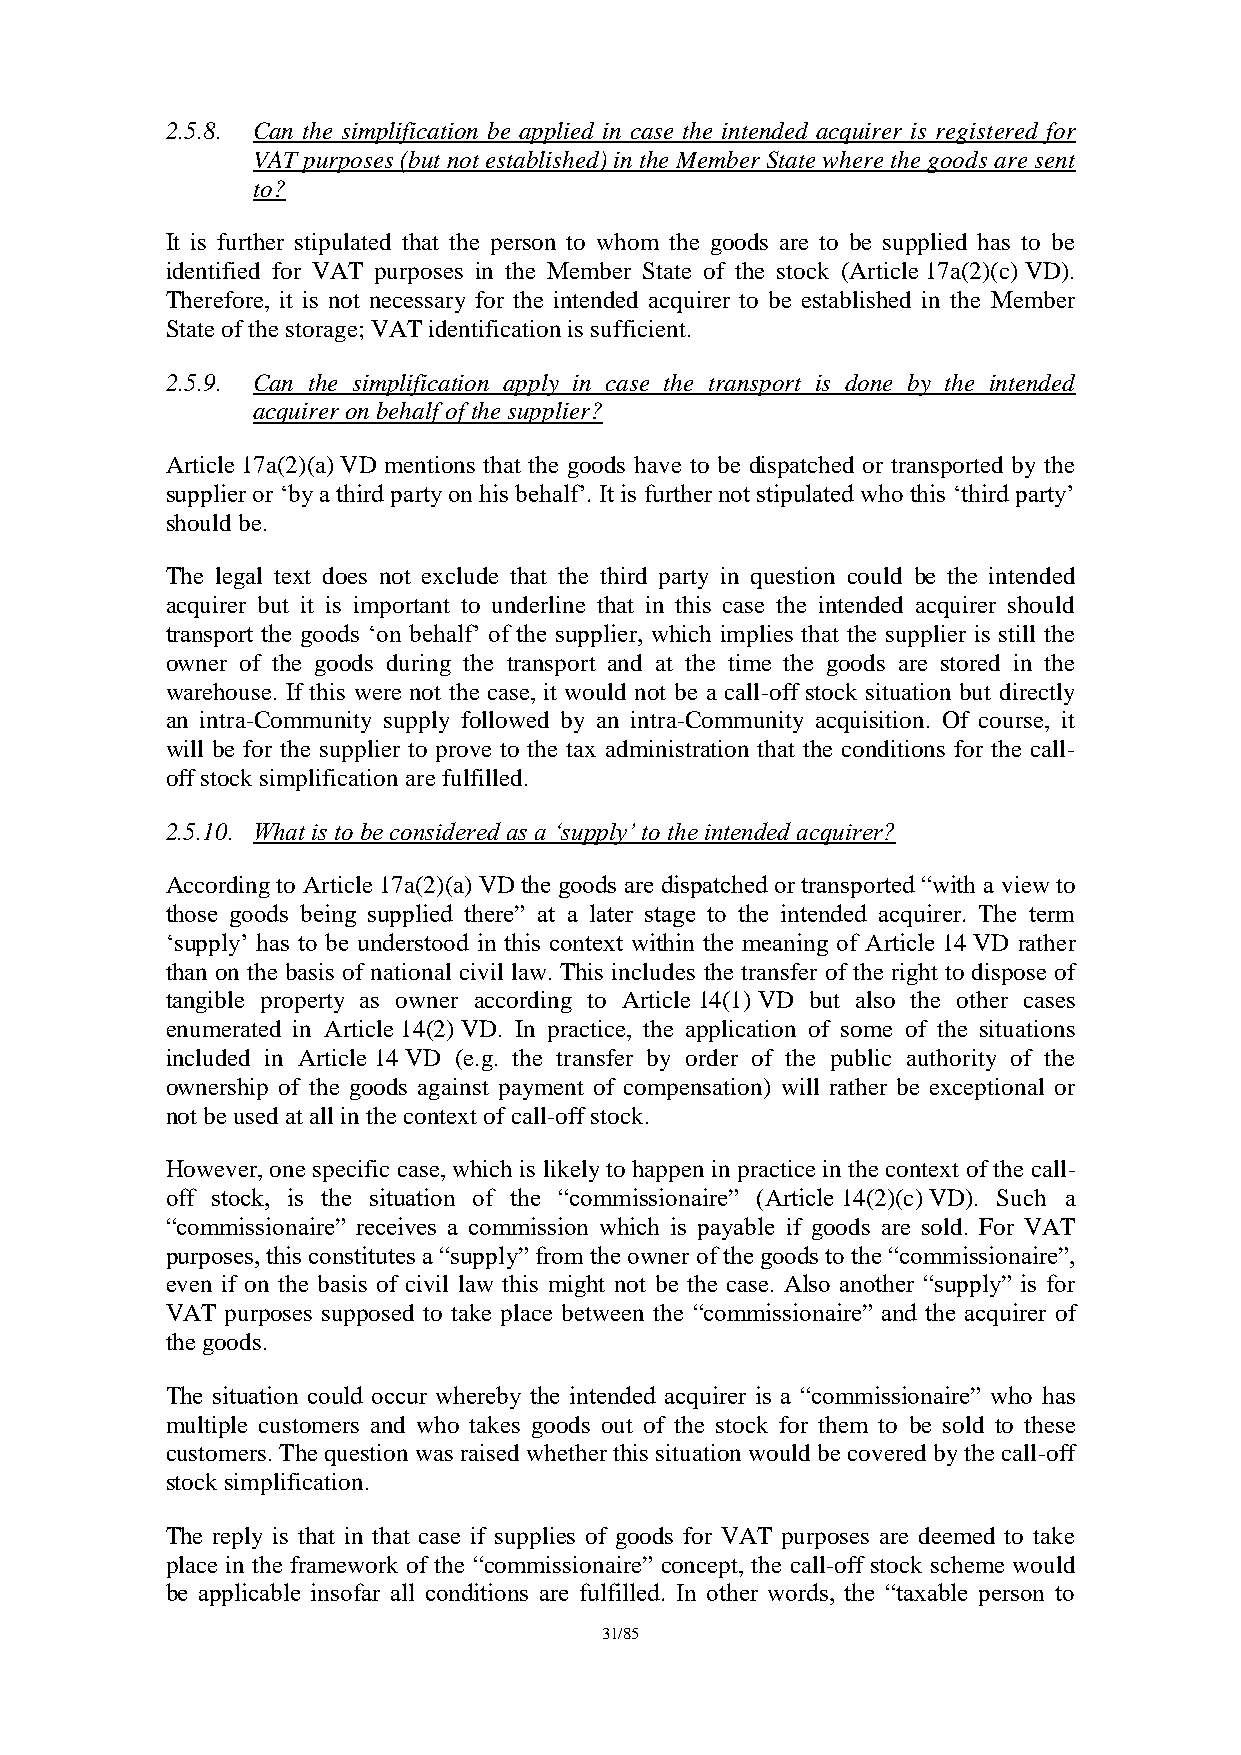
2.5.8. Can the simplification be applied in case the intended acquirer is registered for
 VAT purposes (but not established) in the Member State where the goods are sent
 to?
 It is further stipulated that the person to whom the goods are to be supplied has to be
 identified for VAT purposes in the Member State of the stock (Article 17a(2)(c) VD).
 Therefore, it is not necessary for the intended acquirer to be established in the Member
 State of the storage; VAT identification is sufficient.
 2.5.9. Can the simplification apply in case the transport is done by the intended
 acquirer on behalf of the supplier?
 Article 17a(2)(a) VD mentions that the goods have to be dispatched or transported by the
 supplier or ‘by a third party on his behalf’. It is further not stipulated who this ‘third party’
 should be.
 The legal text does not exclude that the third party in question could be the intended
 acquirer but it is important to underline that in this case the intended acquirer should
 transport the goods ‘on behalf’ of the supplier, which implies that the supplier is still the
 owner of the goods during the transport and at the time the goods are stored in the
 warehouse. If this were not the case, it would not be a call-off stock situation but directly
 an intra-Community supply followed by an intra-Community acquisition. Of course, it
 will be for the supplier to prove to the tax administration that the conditions for the call-
 off stock simplification are fulfilled.
 2.5.10. What is to be considered as a ‘supply’ to the intended acquirer?
 According to Article 17a(2)(a) VD the goods are dispatched or transported “with a view to
 those goods being supplied there” at a later stage to the intended acquirer. The term
 ‘supply’ has to be understood in this context within the meaning of Article 14 VD rather
 than on the basis of national civil law. This includes the transfer of the right to dispose of
 tangible property as owner according to Article 14(1) VD but also the other cases
 enumerated in Article 14(2) VD. In practice, the application of some of the situations
 included in Article 14 VD (e.g. the transfer by order of the public authority of the
 ownership of the goods against payment of compensation) will rather be exceptional or
 not be used at all in the context of call-off stock.
 However, one specific case, which is likely to happen in practice in the context of the call-
 off stock, is the situation of the “commissionaire” (Article 14(2)(c) VD). Such a
 “commissionaire” receives a commission which is payable if goods are sold. For VAT
 purposes, this constitutes a “supply” from the owner of the goods to the “commissionaire”,
 even if on the basis of civil law this might not be the case. Also another “supply” is for
 VAT purposes supposed to take place between the “commissionaire” and the acquirer of
 the goods.
 The situation could occur whereby the intended acquirer is a “commissionaire” who has
 multiple customers and who takes goods out of the stock for them to be sold to these
 customers. The question was raised whether this situation would be covered by the call-off
 stock simplification.
 The reply is that in that case if supplies of goods for VAT purposes are deemed to take
 place in the framework of the “commissionaire” concept, the call-off stock scheme would
 be applicable insofar all conditions are fulfilled. In other words, the “taxable person to
 31/85